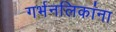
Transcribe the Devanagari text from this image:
गर्भनलिकांना